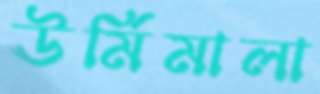
ঊর্মিমালা